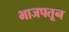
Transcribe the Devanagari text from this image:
भाजपतून